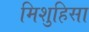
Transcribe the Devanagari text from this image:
मिशुहिसा